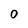
Character: 0